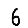
Digit: 6